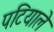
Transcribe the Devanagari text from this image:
पटियाले